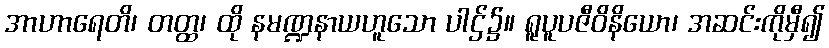
အာဟာရေတိ၊ တတ္ထ၊ ထို နမဏ္ဍနာယဟူသော ပါဌ်၌။ ရူပူပဇီဝိနိယော၊ အဆင်းကိုမှီ၍